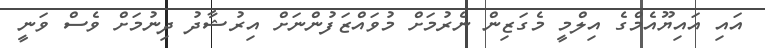
އައި އައިޔޫއެމްގެ އިލްމީ މެގަޒިން ނެރުމަށް މުވައްޒަފުންނަށް އިރުޝާދު ދިނުމަށް ވެސް ވަނީ